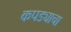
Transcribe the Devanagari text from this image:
कपड्याचा